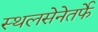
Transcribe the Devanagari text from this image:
स्थलसेनेतर्फे